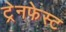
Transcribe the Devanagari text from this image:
ट्रेनफेस्ट